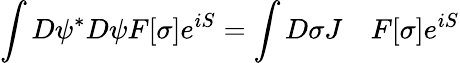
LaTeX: \int D\psi^{*}D\psi F[\sigma]e^{iS}=\int D\sigma J\quad F[\sigma]e^{iS}